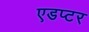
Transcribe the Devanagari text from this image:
एडप्टर